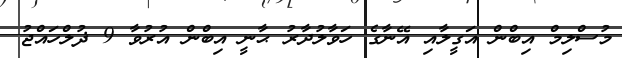
މުސްލިމް އިބްން އަގީލާއި އޭނާގެ ހަވާލުދާރު ޙާނީ އިބްން އުރުވާ 9 ޛުލްހައްޖު